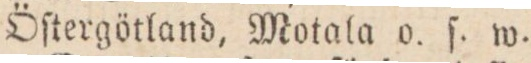
Öſtergötland, Motala o. ſ. w.